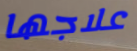
علاجها